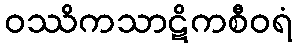
ဝဿိကသာဋိကစီဝရံ